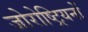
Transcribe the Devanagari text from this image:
जोरोष्ट्रियनों